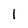
Character: 1